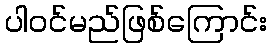
ပါဝင်မည်ဖြစ်ကြောင်း